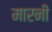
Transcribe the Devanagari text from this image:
मारनी